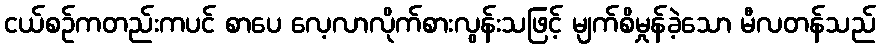
ငယ်စဉ်ကတည်းကပင် စာပေ လေ့လာလိုက်စားလွန်းသဖြင့် မျက်စိမှုန်ခဲ့သော မီလတန်သည်